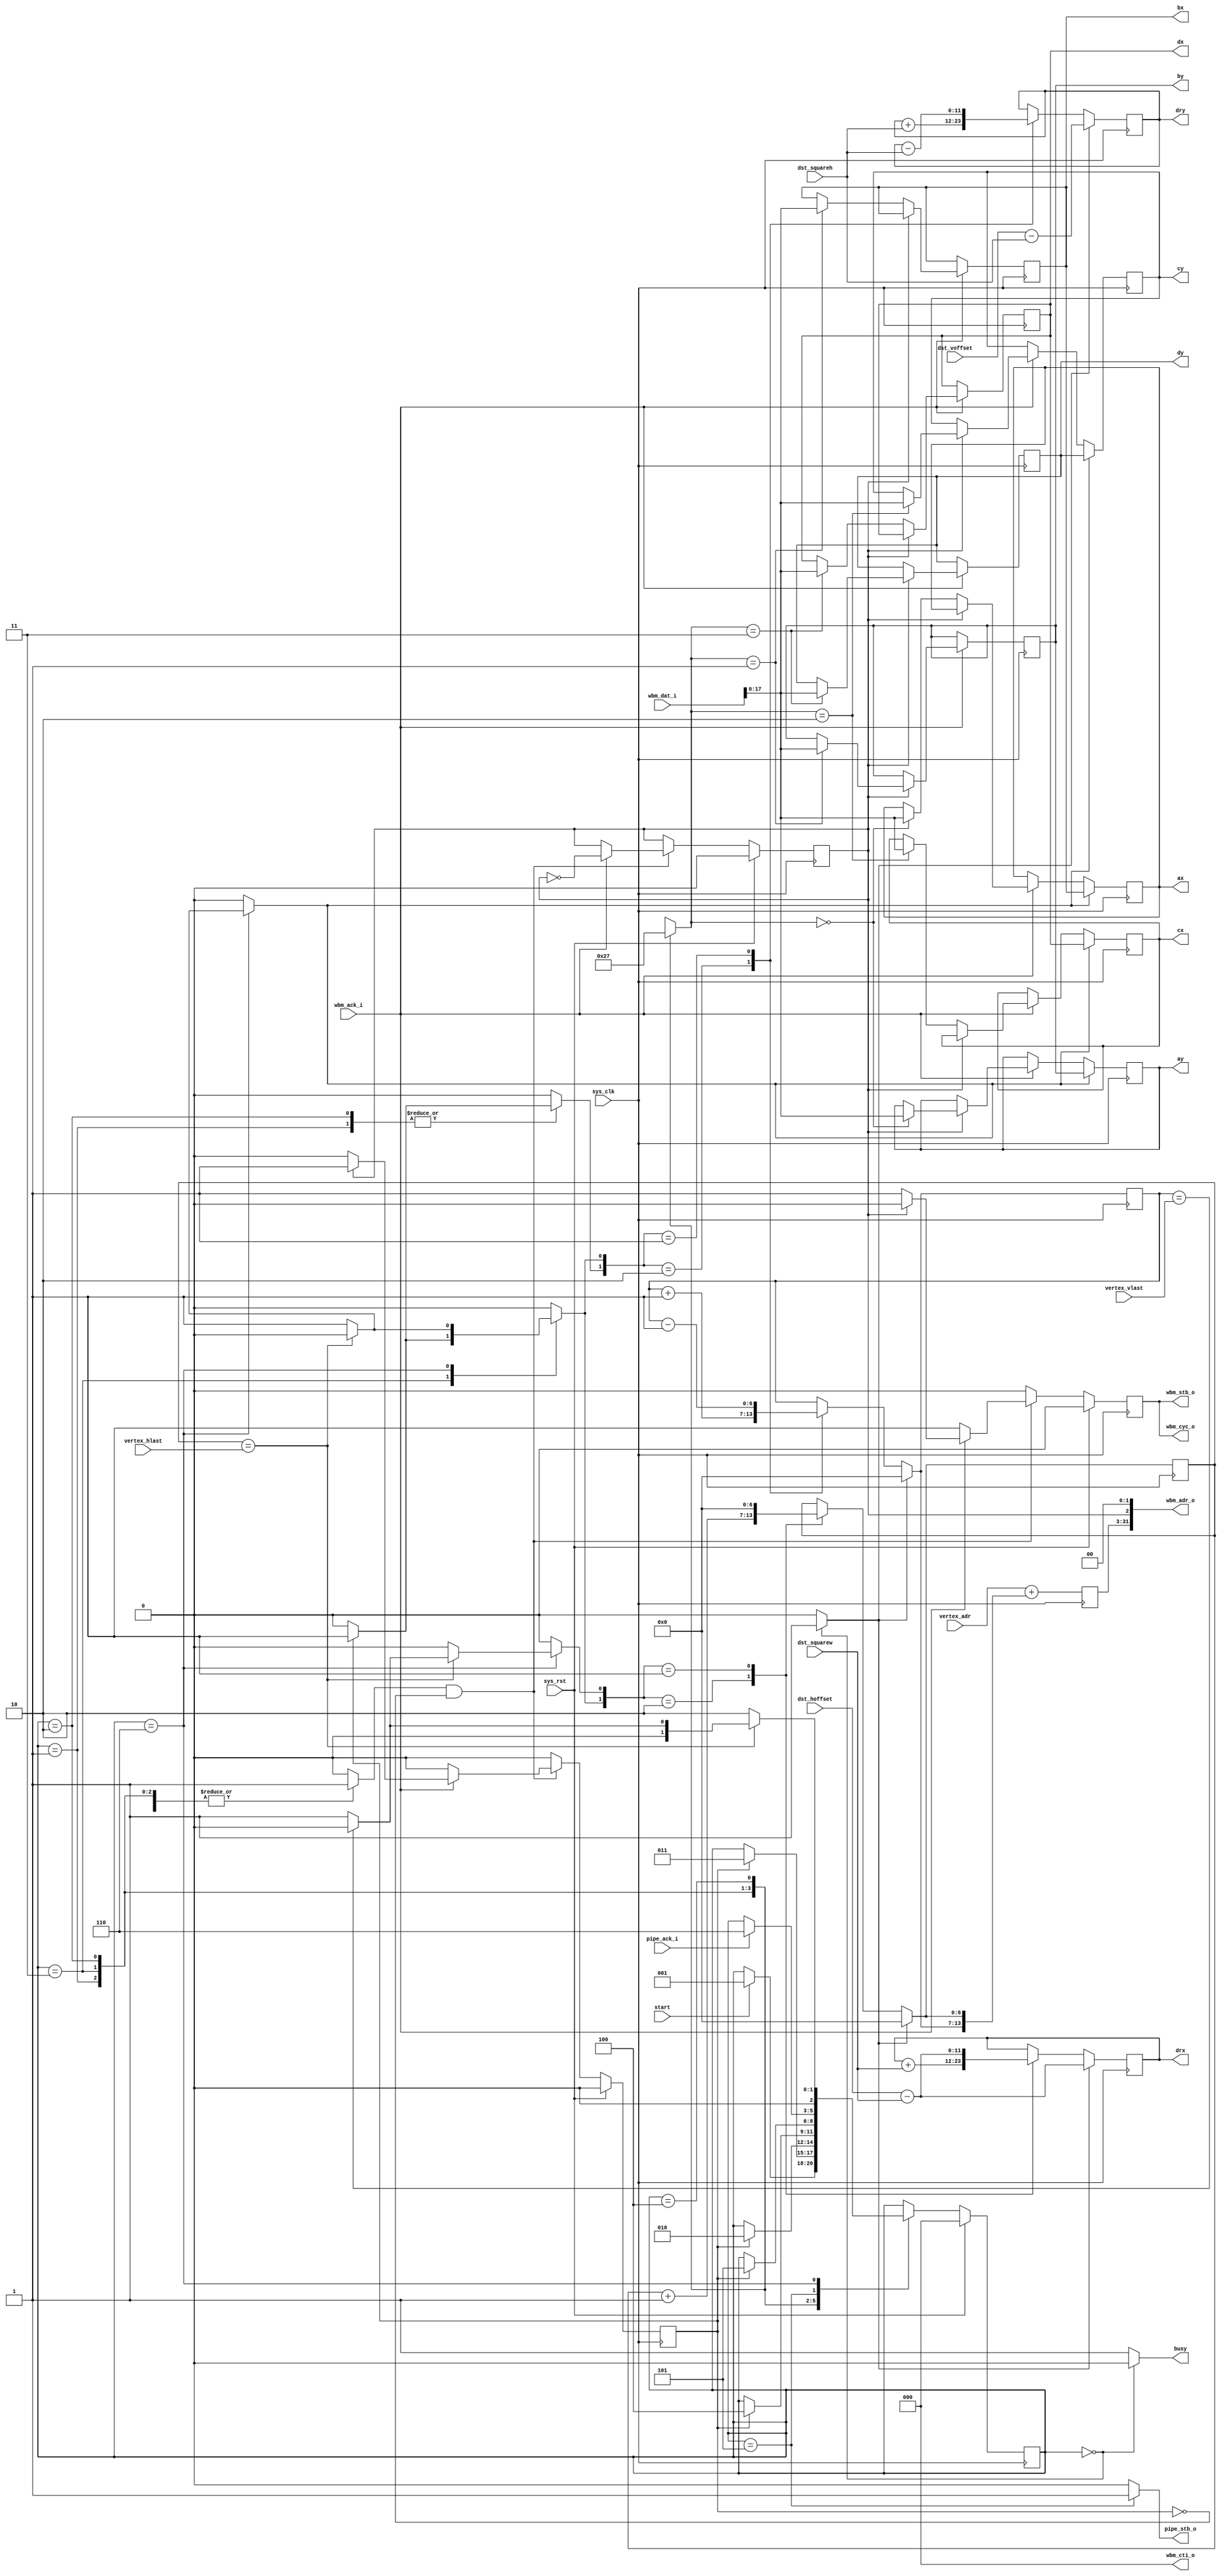
module tmu2_fetchvertex(
	input sys_clk,
	input sys_rst,

	input start,
	output reg busy,

	output [31:0] wbm_adr_o,
	output [2:0] wbm_cti_o,
	output wbm_cyc_o,
	output reg wbm_stb_o,
	input wbm_ack_i,
	input [31:0] wbm_dat_i,

	input [6:0] vertex_hlast,
	input [6:0] vertex_vlast,

	input [28:0] vertex_adr,

	input signed [11:0] dst_hoffset,
	input signed [11:0] dst_voffset,
	input [10:0] dst_squarew,
	input [10:0] dst_squareh,

	output reg pipe_stb_o,
	input pipe_ack_i,

	/* Texture coordinates */
	output reg signed [17:0] ax,
	output reg signed [17:0] ay,
	output reg signed [17:0] bx,
	output reg signed [17:0] by,
	output reg signed [17:0] cx,
	output reg signed [17:0] cy,
	output reg signed [17:0] dx,
	output reg signed [17:0] dy,

	/* Upper-left corner of the destination rectangle */
	output reg signed [11:0] drx,
	output reg signed [11:0] dry
);

assign wbm_cti_o = 3'd0;
assign wbm_cyc_o = wbm_stb_o;

/*
 * A B
 * C D
 */

/* Fetch Engine */

/* control signals */
reg [28:0] fetch_base;
reg [1:0] fetch_target;
reg fetch_strobe;
reg fetch_done;
reg shift_points;
/* */

parameter TARGET_A = 2'd0;
parameter TARGET_B = 2'd1;
parameter TARGET_C = 2'd2;
parameter TARGET_D = 2'd3;

reg is_y;
assign wbm_adr_o = {fetch_base, is_y, 2'b00};

always @(posedge sys_clk) begin
	if(wbm_ack_i) begin
		if(is_y) begin
			case(fetch_target)
				TARGET_A: ay <= wbm_dat_i[17:0];
				TARGET_B: by <= wbm_dat_i[17:0];
				TARGET_C: cy <= wbm_dat_i[17:0];
				TARGET_D: dy <= wbm_dat_i[17:0];
			endcase
		end else begin
			case(fetch_target)
				TARGET_A: ax <= wbm_dat_i[17:0];
				TARGET_B: bx <= wbm_dat_i[17:0];
				TARGET_C: cx <= wbm_dat_i[17:0];
				TARGET_D: dx <= wbm_dat_i[17:0];
			endcase
		end
	end
	if(shift_points) begin
		/*
		 * A <- B
		 * C <- D
		 */
		ax <= bx;
		ay <= by;
		cx <= dx;
		cy <= dy;
	end
end

always @(posedge sys_clk) begin
	if(sys_rst) begin
		wbm_stb_o <= 1'b0;
		fetch_done <= 1'b0;
		is_y <= 1'b0;
	end else begin
		wbm_stb_o <= 1'b0;
		fetch_done <= 1'b0;
		if(fetch_strobe & ~fetch_done) begin
			wbm_stb_o <= 1'b1;
			if(wbm_ack_i) begin
				is_y <= ~is_y;
				if(is_y) begin
					fetch_done <= 1'b1;
					wbm_stb_o <= 1'b0;
				end
			end
		end
	end
end

/* Address & Destination coordinates generator */

/* control signals */
reg move_reset;
reg move_x_right;
reg move_x_startline;
reg move_y_down;
reg move_y_up;
/* */

reg [6:0] x;
reg [6:0] y;

always @(posedge sys_clk) begin
	if(move_reset) begin
		/* subtract the square dimensions,
		 * as we are at point D when sending the vertex down the pipeline
		 */
		drx = dst_hoffset - {1'b0, dst_squarew};
		dry = dst_voffset - {1'b0, dst_squareh};
		x = 7'd0;
		y = 7'd0;
	end else begin
		case({move_x_right, move_x_startline})
			2'b10: begin
				drx = drx + {1'b0, dst_squarew};
				x = x + 7'd1;
			end
			2'b01: begin
				drx = dst_hoffset - {1'b0, dst_squarew};
				x = 7'd0;
			end
			default:;
		endcase
		case({move_y_down, move_y_up})
			2'b10: begin
				dry = dry + {1'b0, dst_squareh};
				y = y + 7'd1;
			end
			2'b01: begin
				dry = dry - {1'b0, dst_squareh};
				y = y - 7'd1;
			end
			default:;
		endcase
	end
	fetch_base = vertex_adr + {y, x};
end

/* Controller */

reg [2:0] state;
reg [2:0] next_state;

parameter IDLE		= 3'd0;
parameter FETCH_A	= 3'd1;
parameter FETCH_B	= 3'd2;
parameter FETCH_C	= 3'd3;
parameter FETCH_D	= 3'd4;
parameter PIPEOUT	= 3'd5;
parameter NEXT_SQUARE	= 3'd6;

always @(posedge sys_clk) begin
	if(sys_rst)
		state <= IDLE;
	else
		state <= next_state;
end

wire last_col = x == vertex_hlast;
wire last_row = y == vertex_vlast;

always @(*) begin
	fetch_target = 2'bxx;
	fetch_strobe = 1'b0;
	shift_points = 1'b0;

	move_reset = 1'b0;
	move_x_right = 1'b0;
	move_x_startline = 1'b0;
	move_y_down = 1'b0;
	move_y_up = 1'b0;

	busy = 1'b1;

	pipe_stb_o = 1'b0;

	next_state = state;

	case(state)
		IDLE: begin
			busy = 1'b0;
			move_reset = 1'b1;
			if(start)
				next_state = FETCH_A;
		end
		
		FETCH_A: begin
			fetch_target = TARGET_A;
			fetch_strobe = 1'b1;
			if(fetch_done) begin
				move_y_down = 1'b1;
				next_state = FETCH_C;
			end
		end
		FETCH_C: begin
			fetch_target = TARGET_C;
			fetch_strobe = 1'b1;
			if(fetch_done) begin
				move_x_right = 1'b1;
				move_y_up = 1'b1;
				next_state = FETCH_B;
			end
		end
		FETCH_B: begin
			fetch_target = TARGET_B;
			fetch_strobe = 1'b1;
			if(fetch_done) begin
				move_y_down = 1'b1;
				next_state = FETCH_D;
			end
		end
		FETCH_D: begin
			fetch_target = TARGET_D;
			fetch_strobe = 1'b1;
			if(fetch_done)
				next_state = PIPEOUT;
		end

		PIPEOUT: begin
			pipe_stb_o = 1'b1;
			if(pipe_ack_i)
				next_state = NEXT_SQUARE;
		end
		NEXT_SQUARE: begin /* assumes we are on point D */
			if(last_col) begin
				if(last_row)
					next_state = IDLE;
				else begin
					move_x_startline = 1'b1;
					next_state = FETCH_A;
				end
			end else begin
				move_x_right = 1'b1;
				move_y_up = 1'b1;
				shift_points = 1'b1;
				next_state = FETCH_B;
			end
		end
	endcase
end

endmodule